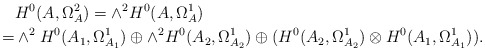
\begin{align*}& H^0(A,\Omega_A^2)=\wedge^2 H^0(A,\Omega_A^1) \\=& \wedge^2H^0(A_1,\Omega_{A_1}^1)\oplus\wedge^2 H^0(A_2,\Omega_{A_2}^1)\oplus (H^0(A_2,\Omega_{A_2}^1)\otimes H^0(A_1,\Omega_{A_1}^1)). \end{align*}